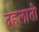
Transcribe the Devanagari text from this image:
दहलाती